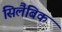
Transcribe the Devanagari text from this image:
सिलैबिक